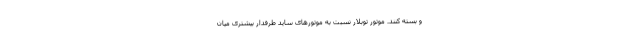
و بسته کنند. موتور توبلار نسبت به موتورهای ساید طرفدار بیشتری میان